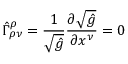
\hat { \Gamma } _ { \rho \nu } ^ { \rho } = \frac { 1 } { \sqrt { \hat { g } } } \frac { \partial \sqrt { \hat { g } } } { \partial x ^ { \nu } } = 0